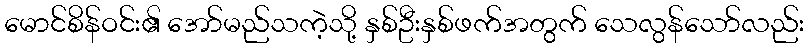
မောင်စိန်ဝင်း၏ အော်မည်သကဲ့သို့ နှစ်ဦးနှစ်ဖက်အတွက် သေလွန်သော်လည်း